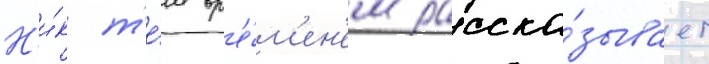
Н'и́к т'е́м вр'е́м'ен'ем расска́зывает